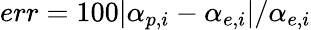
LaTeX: err=100|\alpha_{p,i}-\alpha_{e,i}|/\alpha_{e,i}